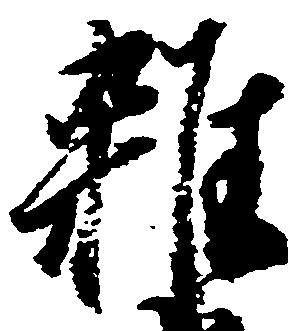
雑